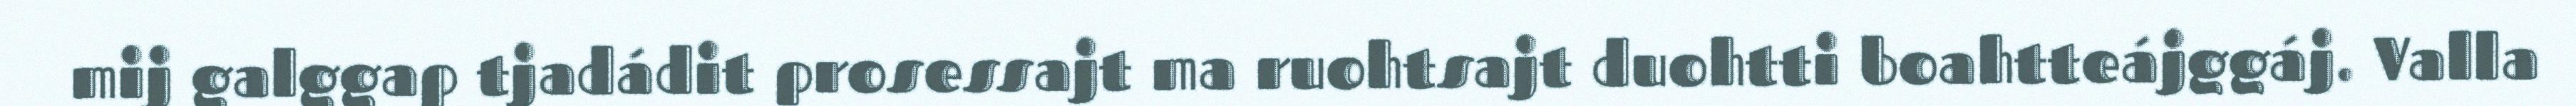
mij galggap tjadádit prosessajt ma ruohtsajt duohtti boahtteájggáj. Valla